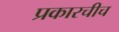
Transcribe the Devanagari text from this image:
प्रकारचीच